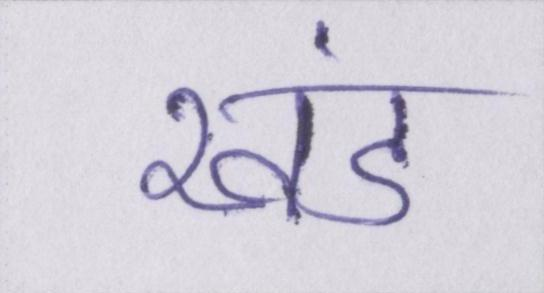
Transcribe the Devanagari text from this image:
खंड